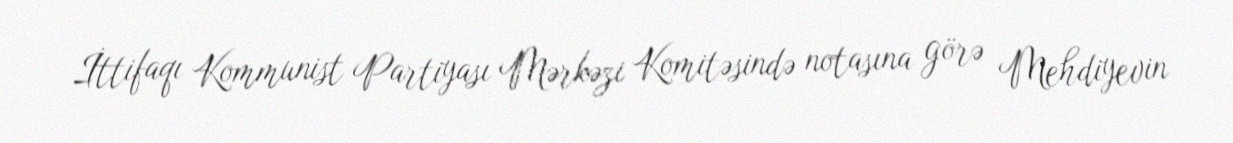
İttifaqı Kommunist Partiyası Mərkəzi Komitəsində notasına görə Mehdiyevin